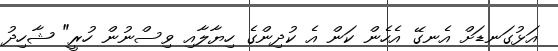
އަޅުގަނޑަށް އެނގޭ އެހެން ކަން އެ ކުދިންގެ ހިޔާލާއި ވިސްނުން ހުރީ" ޝާހިދު